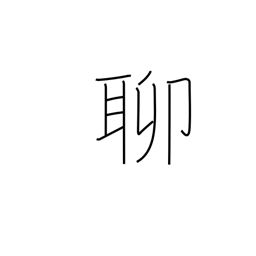
Meaning: slightly